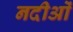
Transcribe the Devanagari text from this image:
नदीओं